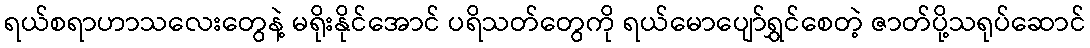
ရယ်စရာဟာသလေးတွေနဲ့ မရိုးနိုင်အောင် ပရိသတ်တွေကို ရယ်မောပျော်ရွှင်စေတဲ့ ဇာတ်ပို့သရုပ်ဆောင်